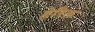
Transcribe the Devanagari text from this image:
हेरिल